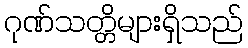
ဂုဏ်သတ္တိများရှိသည်